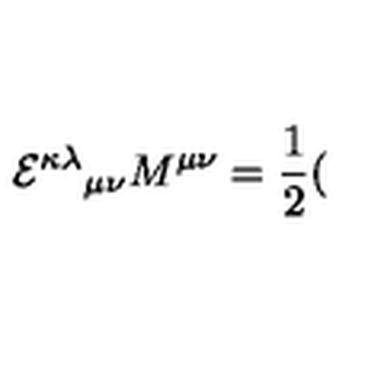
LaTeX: { { \cal E } ^ { \kappa \lambda } } _ { \mu \nu } M ^ { \mu \nu } = \frac { 1 } { 2 } (